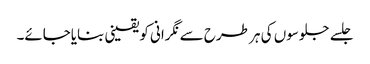
جلسے جلوسوں کی ہر طرح سے نگرانی کویقینی بنایاجائے۔